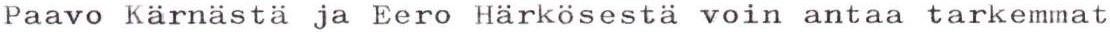
Paavo Kärnästä ja Eero Härkösestä voin antaa tarkemmat